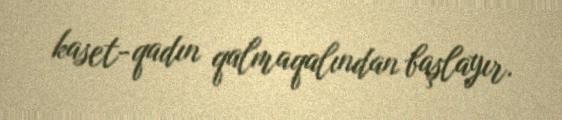
kaset-qadın qalmaqalından başlayır.